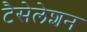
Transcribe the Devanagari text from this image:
टैसेलेशन